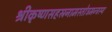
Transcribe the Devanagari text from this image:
श्रीकृष्णसहस्रनामस्तोत्रमन्त्रस्य